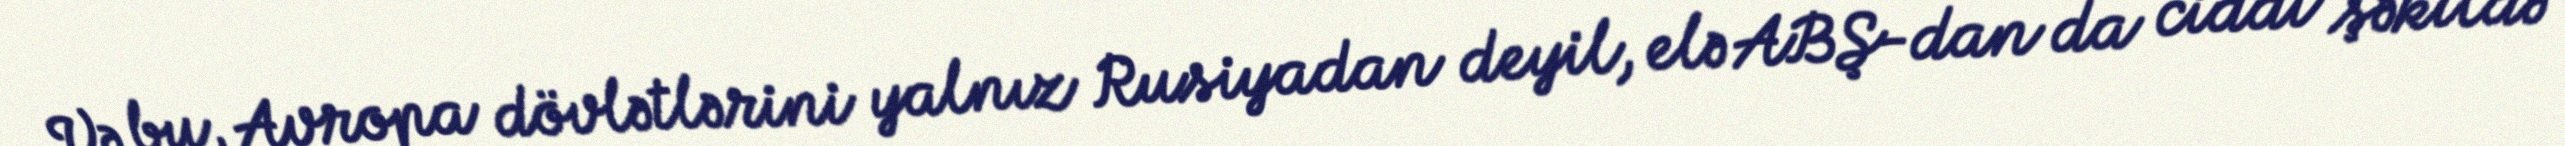
Və bu, Avropa dövlətlərini yalnız Rusiyadan deyil, elə ABŞ-dan da ciddi şəkildə